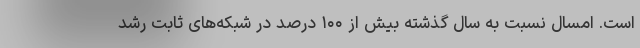
است. امسال نسبت به سال گذشته بیش از ۱۰۰ درصد در شبکه‌های ثابت رشد